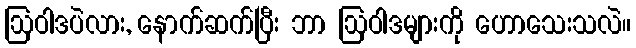
ဩဝါဒပဲလား, နောက်ဆက်ပြီး ဘာ ဩဝါဒများကို ဟောသေးသလဲ။